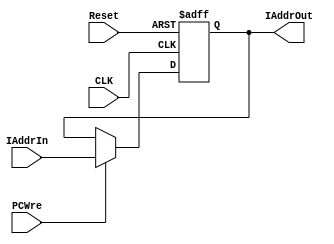
module PC(
	input CLK,
	input Reset, 
	input PCWre, //0, PC remains; 1, PC changes
	input [31:0] IAddrIn,
	output [31:0] IAddrOut
	);

reg [31:0] IAddrOut_reg; 

initial 
    IAddrOut_reg = 32'b0;

assign IAddrOut = IAddrOut_reg;

always @(posedge CLK or posedge Reset) begin
    if(Reset == 1)begin
        IAddrOut_reg <= 32'b0;
    end
    else begin
        if (PCWre == 1) begin
            IAddrOut_reg <= IAddrIn;
        end
        else begin 
            IAddrOut_reg <= IAddrOut_reg;
        end
    end
end

endmodule